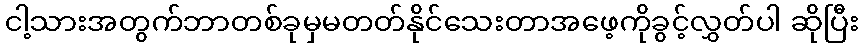
ငါ့သားအတွက်ဘာတစ်ခုမှမတတ်နိုင်သေးတာအဖေ့ကိုခွင့်လွှတ်ပါ ဆိုပြီး